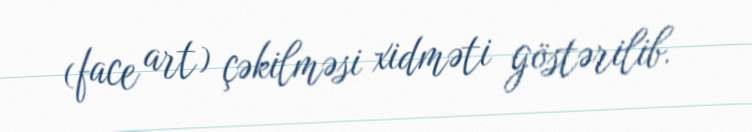
(face art) çəkilməsi xidməti göstərilib.